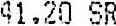
41.20 SR